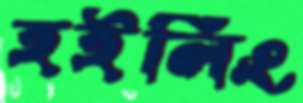
হইলিং